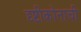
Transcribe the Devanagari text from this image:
दृष्टीकोनाची